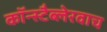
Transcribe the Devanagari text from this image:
कॉन्स्टैब्लेरवाच